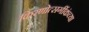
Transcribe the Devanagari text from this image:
किरणोत्सर्गीकंच्या